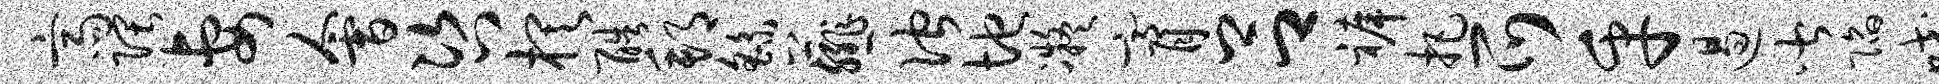
斋隈妻会咨棋酷邦繇薤伫地凝膏吕裤把爪乎遏皆陷咬